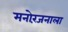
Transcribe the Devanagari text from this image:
मनोरंजनाला